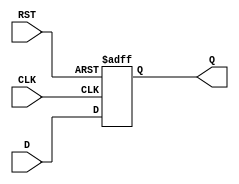
module StageRegister #(
    parameter WIDTH = 8 // Define the width of the data input and output
)(
    input  wire [WIDTH-1:0] D,    // Data input
    input  wire CLK,                // Clock signal
    input  wire RST,                // Reset signal
    output reg  [WIDTH-1:0] Q       // Data output
);

// Asynchronous reset behavior
always @(posedge CLK or posedge RST) begin
    if (RST) begin
        Q <= {WIDTH{1'b0}}; // Clear the register to zero
    end else begin
        Q <= D; // Capture the input data on the rising edge of the clock
    end
end

endmodule